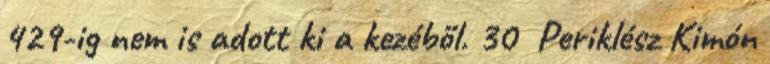
429-ig nem is adott ki a kezéből. 30 Periklész Kimón